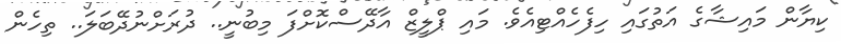
ކިޔާން މައިޝާގެ އަތުގައި ހިފެހެއްޓިއެވެ. މައި ޕްލީޒް އާދޭސްކޮށްފަ މިބުނީ.. ދުރަށްނުދޭބަލަ.. ތިހެން